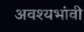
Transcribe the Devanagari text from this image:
अवश्यभांवी